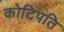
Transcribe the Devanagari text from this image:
कोटिपति